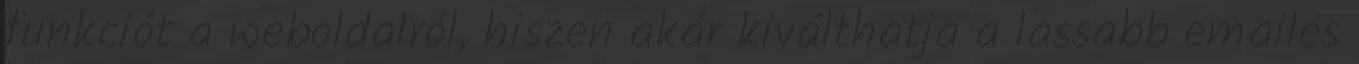
funkciót a weboldalról, hiszen akár kiválthatja a lassabb emailes